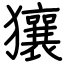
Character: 獽